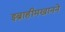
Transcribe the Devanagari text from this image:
इब्राहीमखानने